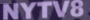
NYTV8